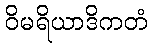
ဝိမရိယာဒိကတံ